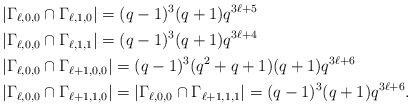
\begin{align*}&|\Gamma_{\ell,0,0}\cap\Gamma_{\ell,1,0}|=(q-1)^3(q+1)q^{3\ell+5}\\&|\Gamma_{\ell,0,0}\cap\Gamma_{\ell,1,1}|=(q-1)^3(q+1)q^{3\ell+4}\\&|\Gamma_{\ell,0,0}\cap\Gamma_{\ell+1,0,0}|=(q-1)^3(q^2+q+1)(q+1)q^{3\ell+6}\\&|\Gamma_{\ell,0,0}\cap\Gamma_{\ell+1,1,0}|=|\Gamma_{\ell,0,0}\cap\Gamma_{\ell+1,1,1}|=(q-1)^3(q+1)q^{3\ell+6}.\end{align*}